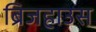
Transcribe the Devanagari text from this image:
ब्रिजहाउस